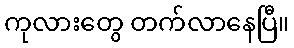
ကုလားတွေ တက်လာနေပြီ။